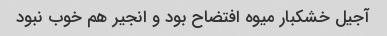
آجیل خشکبار میوه افتضاح بود و انجیر هم خوب نبود